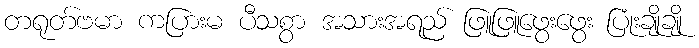
တရုတ်ဗမာ ကပြားမ ပီသစွာ အသားအရည် ဖြူဖြူဖွေးဖွေး ပြုံးချိုချို